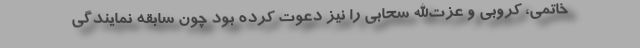
خاتمی، کروبی و عزت‌الله سحابی را نیز دعوت کرده بود چون سابقه نمایندگی